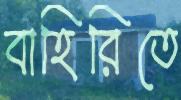
বাহিরিতে